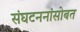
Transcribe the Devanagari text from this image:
संघटननांसोबत